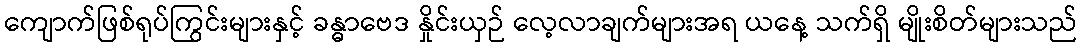
ကျောက်ဖြစ်ရုပ်ကြွင်းများနှင့် ခန္ဓာဗေဒ နှိုင်းယှဉ် လေ့လာချက်များအရ ယနေ့ သက်ရှိ မျိုးစိတ်များသည်